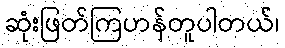
ဆုံးဖြတ်ကြဟန်တူပါတယ်၊